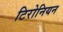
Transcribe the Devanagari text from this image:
टिरोनियन